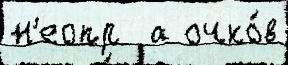
н'еопр  а очко́в